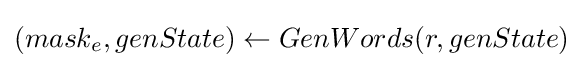
(mask_{e},genState)\leftarrow GenWords(r,genState)